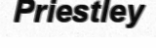
Priestley